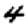
Digit: 4